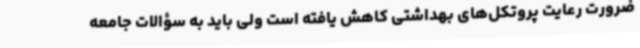
ضرورت رعایت پروتکل‌های بهداشتی کاهش یافته است ولی باید به سؤالات جامعه